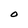
Character: O